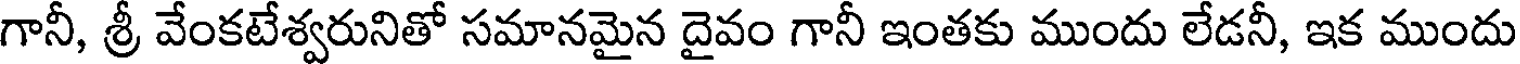
గానీ, శ్రీ వేంకటేశ్వరునితో సమానమైన దైవం గానీ ఇంతకు ముందు లేడనీ, ఇక ముందు